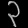
Digit: ၃